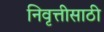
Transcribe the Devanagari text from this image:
निवृत्तीसाठी